Sanitation, dispensaries and jails vaccination Rajputana 1922-1927 - 1922-1927
Year: 1922
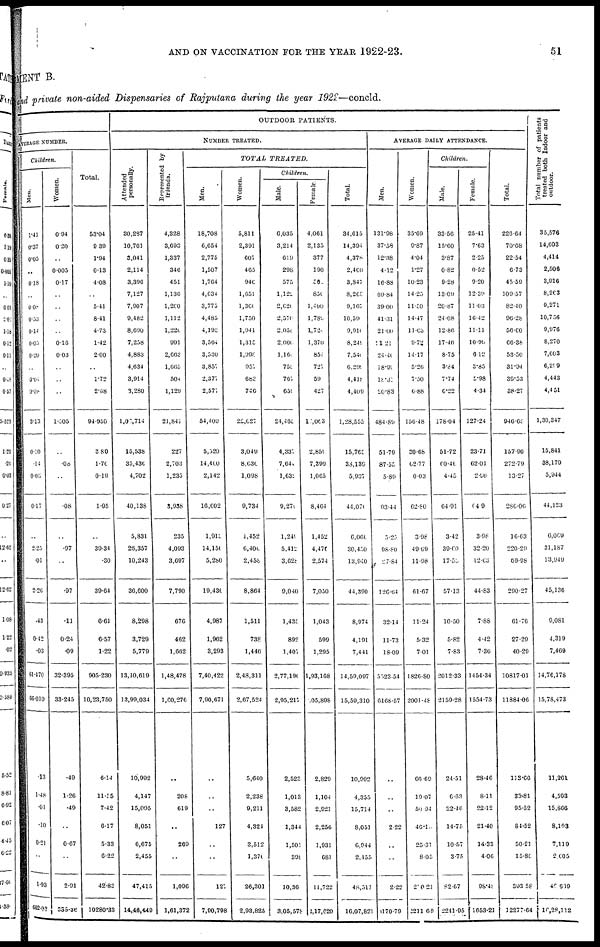
AND ON VACCINATION FOR THE YEAR 1922-23.
51
MENT B.
and private non-aided Dispensaries of Rajputana during the year 1922—concld.
AVERAGE NUMBER.
Children.
Men.
1.41
0.37
0.05
..
0.18
..
0.08
0 53
0.14
0.05
0.20
..
0.04
0.08
3.13
0.10
.14
0.03
0.17
..
2.25
.01
2.26
.43
0.42
.03
61.470
66.010
.13
1.48
.01
.10
0.21
..
1.93
662.08
Women.
0.94
0.20
..
0.005
0.17
..
..
..
..
0.16
0.03
..
..
..
1.205
..
.08
..
.08
..
.97
..
.97
.11
0.24
.09
32.395
33.245
.49
1.26
.49
..
0.67
..
2.91
635.36
Total.
53.04
9.39
1.94
0.13
4.08
..
5.41
8.41
4.73
1.42
2.00
..
1.72
2.68
94.950
3.80
1.76
0.19
1.95
..
39.34
.30
39.64
6.61
6.57
1.22
905.230
10,23,750
6.14
11.55
7.42
6.17
5.33
6.22
42.83
10280.33
OUTDOOR PATIENTS.
NUMBER TREATED.
Attended
personally.
30,287
10,701
3,041
2,114
3,396
7,127
7,907
9,482
8,690
7,258
4,883
4,634
3,914
3,280
1,02,714
15,538
35,436
4,702
40,138
5,831
26,357
10,243
36,600
8,298
3,729
5,779
13,10,619
13,99,034
10,992
4,147
15,095
8,051
6,675
2,455
47,415
14,46,449
Represented by
friends.
4,328
3,093
1,337
346
451
1,136
1,200
1,112
1,220
991
2,663
1,665
504
1,129
21,841
227
2,703
1,235
3,938
235
4,093
3,697
7,790
676
462
1,662
1,48,478
1,60,276
..
208
619
..
269
..
1,096
1,61,372
TOTAL
TREATED.
Men.
18,708
6,654
2,775
1,507
1,764
4,634
3,772
4,485
4,193
3,564
3,230
3,857
2,377
2,577
54,400
5,520
14,400
2,142
16,002
1,915
14,150
5,280
19,430
4,987
1,962
3,293
7,40,422
7,90,671
..
..
..
127
..
..
127
7,90,798
Women.
5,811
2,391
607
465
946
1,651
1,360
1,750
1,941
1,315
1,998
957
683
746
22,627
3,049
8,630
1,098
9,734
1,452
6,400
2,458
8,864
1,511
738
1,446
2,48,311
2,67,524
5,640
2,238
9,211
4,324
3,512
1,370
26,301
2,93,825
Children.
Male.
6,035
3,214
619
298
575
1,122
2,620
2,570
2,058
2,000
1,160
758
767
659
24,465
4,337
7,648
1,632
9,270
1,249
5,412
3,628
9,040
l,433
892
1,407
2,77,190
2,95,217
2,523
1,013
3,582
1,344
1,501
398
10,36
3,05,578
Female.
4,061
2,135
377
190
56
850
1,400
1,789
1,728
1,370
854
727
59
427
14,003
2,859
7,399
1,065
8,464
1,452
4,470
2,574
7,050
1,043
599
1,295
1,93,168
105,898
2,829
1,104
2,921
2,250
1,931
681
11,722
2,17,620
Total.
34,615
14,394
4,378
2,460
3,847
8,263
9,107
10,59
9,910
8,241
7,540
6,290
4,418
4,409
1,28,555
15,765
36,139
5,937
44,070
6,060
30,450
13,940
44,390
8,974
4,191
7,441
14,59,097
15,59,310
10,992
4,355
15,714
8,051
6,944
2,455
48,511
16,07,821
AVERAGE DAILY ATTENDANCE.
Men.
131.98
37.58
12.38
4.12
16.88
69.84
39.00
41.31
21.00
21.21
24.40
18.90
18.32
20.83
484.89
51.79
87.55
5.89
93.44
5.25
98.80
27.84
126.64
32.14
11.73
18.09
5523.54
6168.57
..
..
..
2.22
..
..
2.22
170.79
Women.
35.69
9.87
4.04
1.27
10.23
14.25
11.50
14.47
11.63
9.72
14.17
5.26
7.50
6.88
156.48
30.68
62.77
0.03
62.80
3.98
49.69
11.98
61.67
11.24
5.32
7.01
1826.80
2001.48
60.69
19.07
50.94
46.10
25.31
8.05
250.21
2211.69
Children.
Male.
33.56
15.00
3.87
0.82
9.28
13.09
20.87
24.08
12.86
17.46
8.75
3.84
7.74
6.22
178.04
51.72
60.46
4.45
64.91
3.42
39.00
17.55
57.13
10.50
5.82
7.83
2012.33
2159.28
24.51
6.63
22.46
14.75
10.57
3.75
82.67
2241.95
Female.
25.41
7.63
2.25
0.52
9.20
12.39
11.03
16.42
11.11
10.99
6.12
3.85
5.98
4.34
127.24
23.71
62.01
2.90
64.9
3.98
32.20
12.63
44.83
7.88
4.42
7.36
1454.34
1554.73
28.46
8.11
22.12
21.40
14.33
4.06
98.48
1653.21
Total.
226.64
70.68
22.54
6.73
45.59
109.57
82.40
96.28
56.00
66.38
53.50
31.94
30.23
38.27
946.65
157.90
272.79
13.27
286.06
16.63
220.29
69.98
290.27
61.76
27.29
40.29
10817.01
11884.06
113.66
33.81
95.52
84.52
50.21
15.80
393.58
12277.64
Total number of patients
treated both Indoor and
outdoor.
35,576
14,603
4,414
2,506
3,916
8,203
9,271
10,756
9,976
8,270
7,003
6,209
4,443
4,451
1,30,347
15,841
38,179
5,944
44,123
6,009
31,187
13,949
45,136
9,081
4,319
7,469
14,76,178
15,78,473
11,261
4,593
15,866
8,193
7,119
2,605
46,039
16,28,112